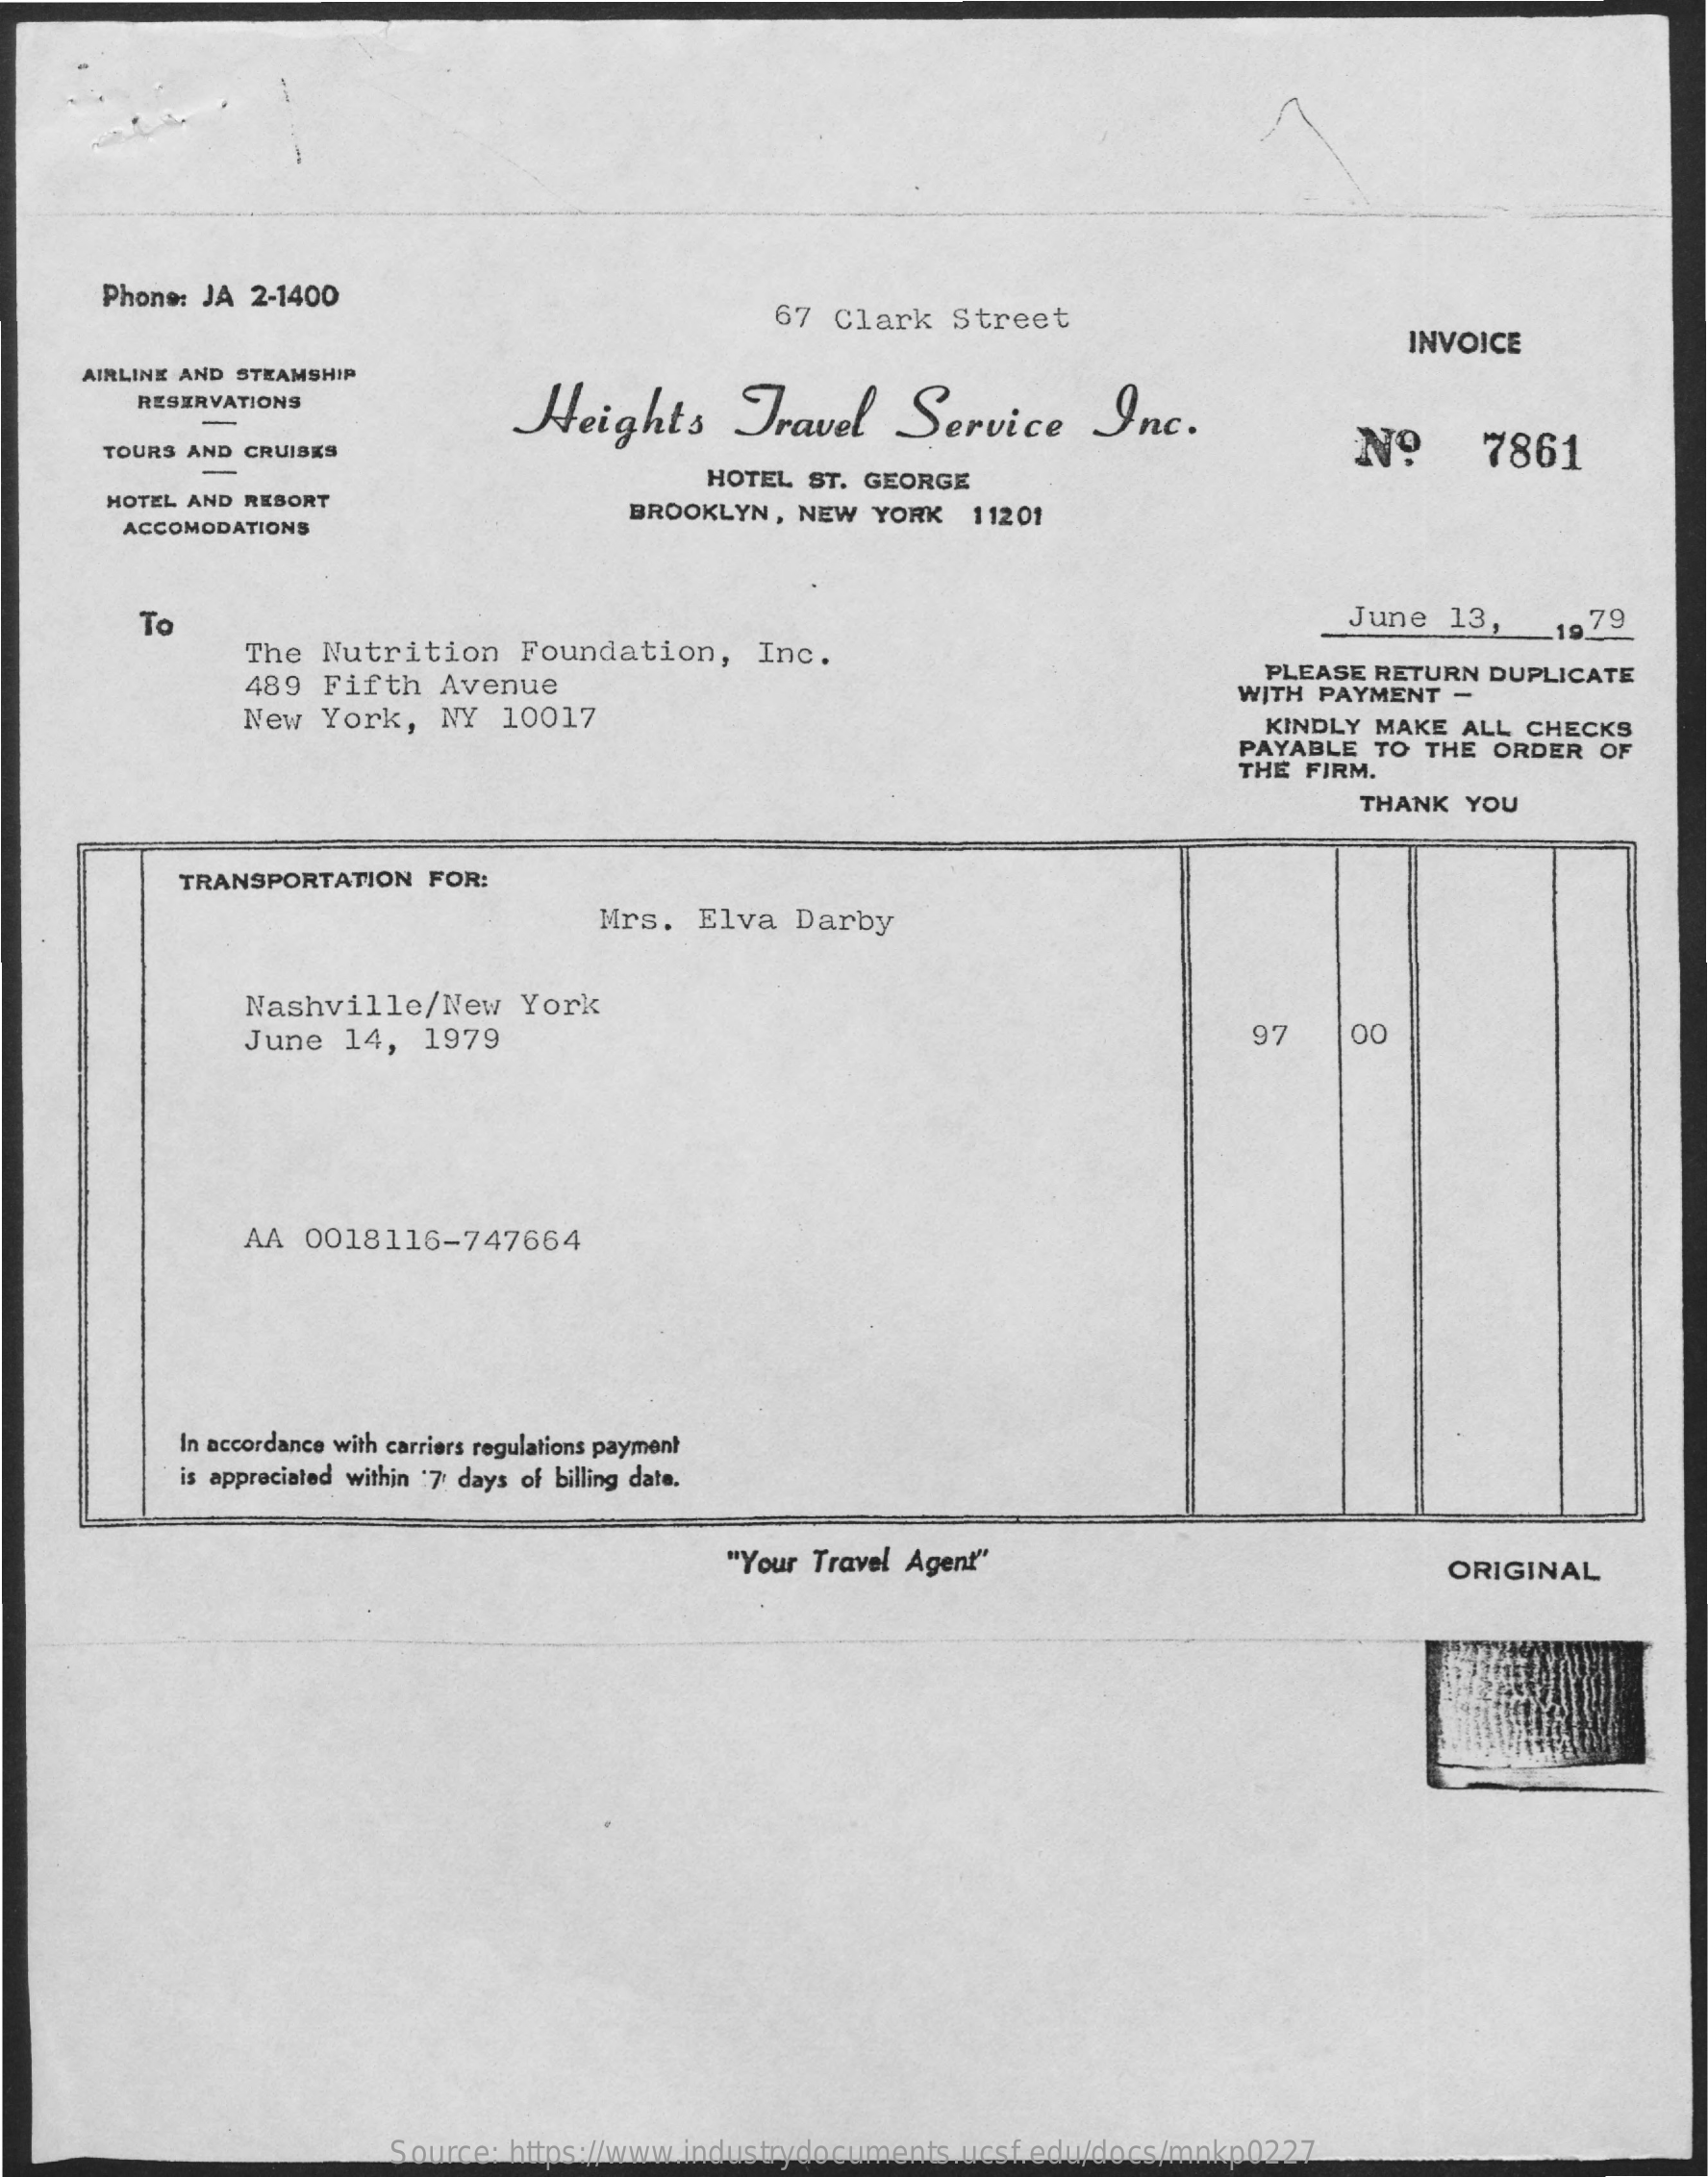
Phone: JA 2-1400
     67 Clark   Street
     INVOICE
     AIRLINE AND STEAMSHIP
     RESERVATIONS
     Heights    Travel    Service    Inc.
     TOURS AND CRUISES    Nº    7861
     HOTEL  ST. GEORGE
     HOTEL AND RESORT
     ACCOMODATIONS
     BROOKLYN,  NEW  YORK  11201
     To    June  13,
     The Nutrition    Foundation,    Inc.
     19 79
     489 Fifth   Avenue
     PLEASE RETURN DUPLICATE
     New  York,  NY  10017
     WITH PAYMENT  -
     KINDLY MAKE ALL CHECKS
     PAYABLE  TO THE ORDER  OF
     THE FIRM.
     THANK  YOU
     TRANSPORTATION FOR:
     Mrs.  Elva   Darby
     Nashville/New    York
     June  14,  1979    97    00
     AA 0018116-747664
     In accordance with carriers regulations payment
     is appreciated within 7 days of billing date.
     "Your Travel Agent"    ORIGINAL
     Source: https://www.industrydocuments.ucsf.edu/docs/mnkp0227